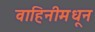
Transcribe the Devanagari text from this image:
वाहिनीमधून